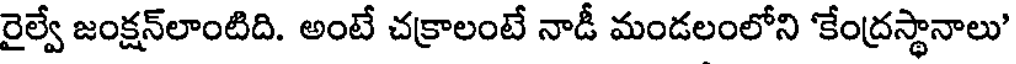
రైల్వే జంక్షన్లాంటిది. అంటే చక్రాలంటే నాడీ మండలంలోని 'కేంద్రస్థానాలు'